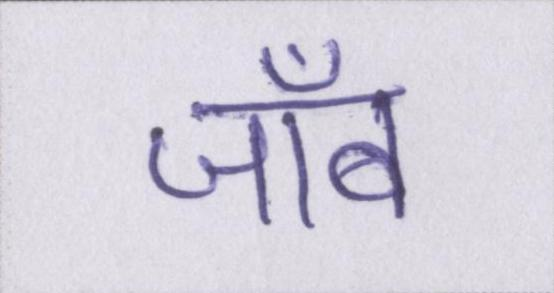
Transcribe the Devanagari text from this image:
जॉब